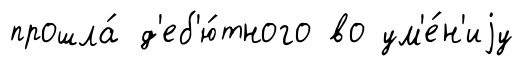
прошла́ д'еб'ю́тного во ум'е́н'иjу